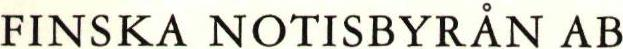
FINSKA NOTISBYRÅN AB